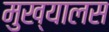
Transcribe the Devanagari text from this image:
मुख्यालस